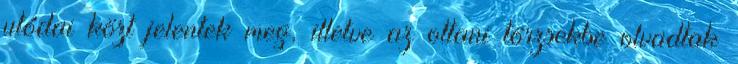
utódai közt jelentek meg, illetve az ottani törzsekbe olvadtak